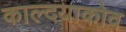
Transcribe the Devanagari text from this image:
काल्दयाकोव